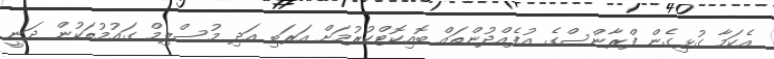
އެކަމާ ގުޅިގެން ފްރާންސްގެ އުފެއްދުންތައް ބޮއިކޮޓްކުރުމަށް އަރަބި އަދި މުސްލިމް ގައުމުތަކުން ދަނީ